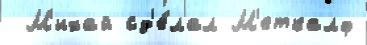
 М'ихай сд'е́лал М'еткалф